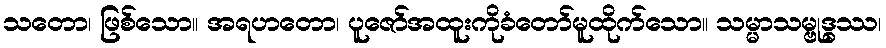
သတော၊ ဖြစ်သော။ အရဟတော၊ ပူဇော်အထူးကိုခံတော်မူထိုက်သော။ သမ္မာသမ္ဗုဒ္ဓဿ၊